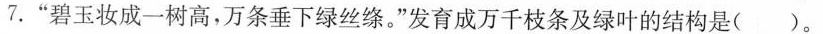
7.“碧玉妆成一树高，万条垂下绿丝绦。”发育成万千枝条及绿叶的结构是（